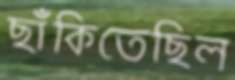
ছাঁকিতেছিল